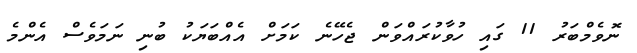
ނޮވެމްބަރު 11 ގައި ހުވާކުރައްވަން ޖެހޭނެ ކަމަށް އެއްބަޔަކު ބުނި ނަމަވެސް އެންމެ